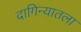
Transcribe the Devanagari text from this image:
दागिन्यातला